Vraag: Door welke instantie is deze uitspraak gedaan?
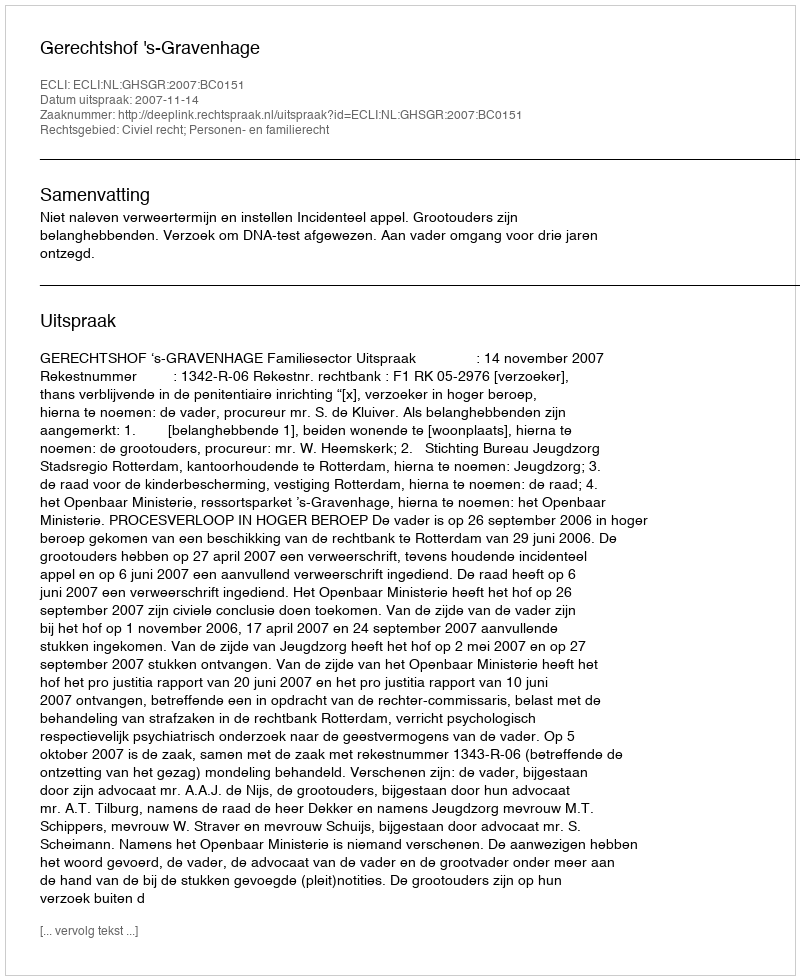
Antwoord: Gerechtshof 's-Gravenhage